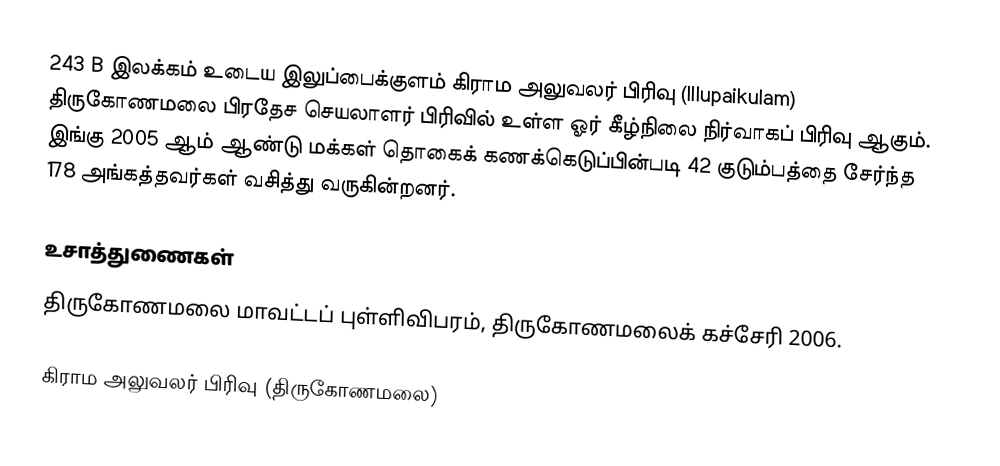
243 B இலக்கம்  உடைய இலுப்பைக்குளம் கிராம அலுவலர் பிரிவு  (Illupaikulam) திருகோணமலை பிரதேச செயலாளர் பிரிவில் உள்ள ஓர் கீழ்நிலை நிர்வாகப் பிரிவு ஆகும். இங்கு 2005 ஆம் ஆண்டு மக்கள் தொகைக் கணக்கெடுப்பின்படி 42 குடும்பத்தை சேர்ந்த 178 அங்கத்தவர்கள் வசித்து வருகின்றனர்.

உசாத்துணைகள்
திருகோணமலை மாவட்டப் புள்ளிவிபரம், திருகோணமலைக் கச்சேரி 2006.

கிராம அலுவலர் பிரிவு (திருகோணமலை)